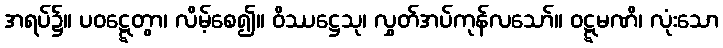
အရပ်၌။ ပဝဋ္ဋေတွာ၊ လိမ့်စေ၍။ ဝိဿဋ္ဌေသု၊ လွှတ်အပ်ကုန်လသော်။ ဝဋ္ဋမဏိ၊ လုံးသော